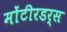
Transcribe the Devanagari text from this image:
मोंटीरडर्स